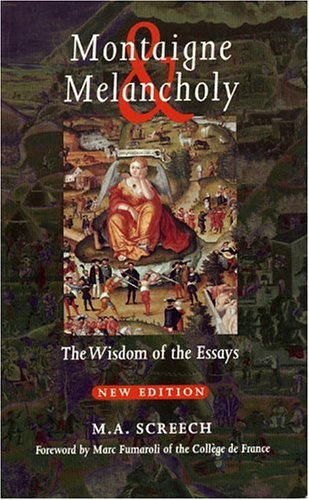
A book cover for Montaigne & Melancholy: The Wisdom of the Essays; M. A. Screech; Literature & Fiction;